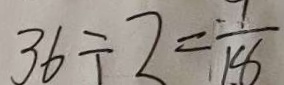
3 6 \div 2 = \frac { 7 } { 1 8 }